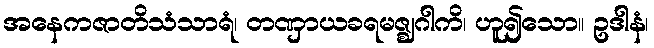
အနေကဇာတိသံသာရံ၊ တဏှာယခရမဇ္ဈဂါကိ၊ ဟူ၍သော။ ဥဒါနံ၊